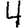
Digit: 4